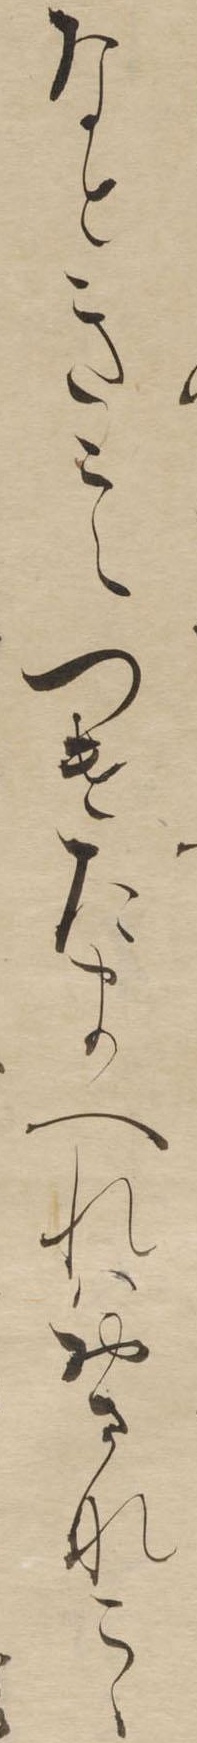
なときこえつけたまへれはおさなこゝ